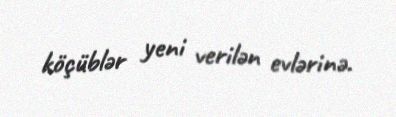
köçüblər yeni verilən evlərinə.